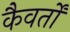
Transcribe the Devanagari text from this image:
कैवर्तों